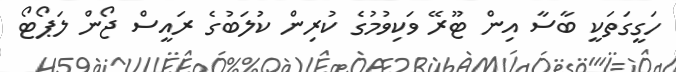
ހަގީގަތަކީ ބާސާ އިން ޓޫރޭ ވަކިވުމުގެ ކުރިން ކުލަބުގެ ރައީސް ޖޯން ލަޕޯޓޯ